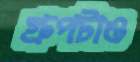
গ্রুপটাও